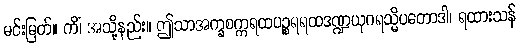
မင်းမြတ်။ ကိံ၊ အသို့နည်း။ ဤသာအက္ခစက္ကရထပဉ္စရရထဒဏ္ဍယုဂရသ္မိပတောဒါ၊ ရထားသန်